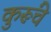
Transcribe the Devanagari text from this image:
कुरूंचे